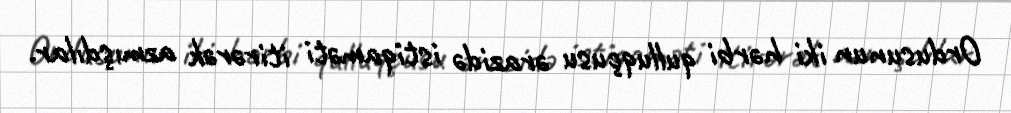
Ordusunun iki hərbi qulluqçusu ərazidə istiqaməti itirərək azmışdılar.